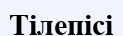
Тілепісі